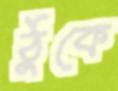
ঠুঁকে